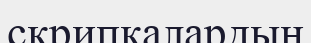
скрипкалардың